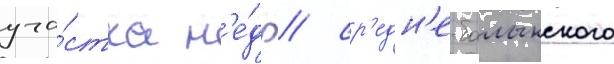
уча́стка н'е́др / ср'едн'е-балыкского